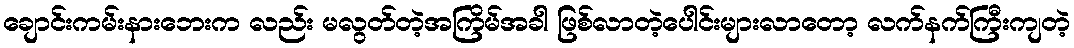
ချောင်းကမ်းနားဘေးက လည်း မလွတ်တဲ့အကြိမ်အခါ ဖြစ်လာတဲ့ပေါင်းများလာတော့ လက်နက်ကြီးကျတဲ့